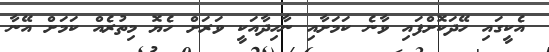
އެކީގައި ހޭދަކޮށްފައި ވާނެ ކަމަށާއި ނާހިދާއަކީ ވަރަށް ހެޔޮ މިތުރެއް ކަމަށް އޭނާ